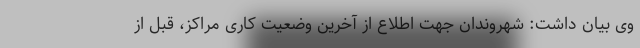
وی بیان داشت: شهروندان جهت اطلاع از آخرین وضعیت کاری مراکز، قبل از